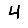
Digit: 4